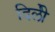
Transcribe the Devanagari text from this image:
दिलीे